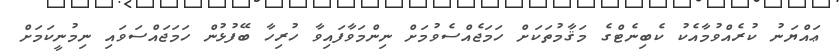
ޢައްޔަނު ކުރެއްވުމާއެކު ކެބިނެޓްގެ މަޤާމުތަކަށް ހަމަޖެއްސެވުމަށް ނިންމަވާފައިވާ ހުރިހާ ބޭފުޅުން ހަމަޖައްސަވައި ނިމުނީކަމަށް